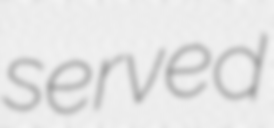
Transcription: served